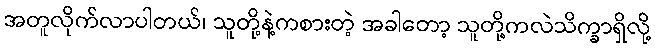
အတူလိုက်လာပါတယ်၊ သူတို့နဲ့ကစားတဲ့ အခါတော့ သူတို့ကလဲသိက္ခာရှိလို့